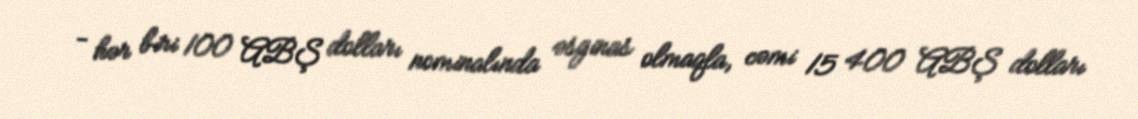
- hər biri 100 ABŞ dolları nominalında əsginas olmaqla, cəmi 15 400 ABŞ dolları